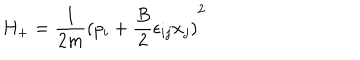
H _ { + } = \frac { 1 } { 2 m } { ( p _ { i } + \frac { B } { 2 } \epsilon _ { i j } x _ { j } ) } ^ { 2 }